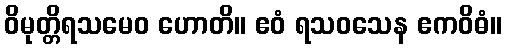
ဝိမုတ္တိရသမေဝ ဟောတိ။ ဧဝံ ရသဝသေန ဧကဝိဓံ။